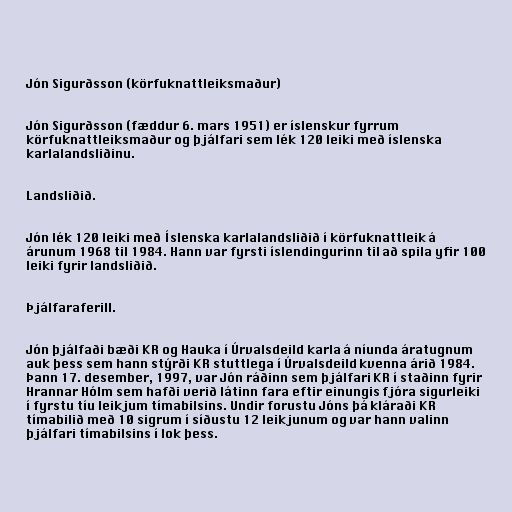
Jón Sigurðsson (körfuknattleiksmaður)

Jón Sigurðsson (fæddur 6. mars 1951) er íslenskur fyrrum
körfuknattleiksmaður og þjálfari sem lék 120 leiki með íslenska
karlalandsliðinu.

Landsliðið.

Jón lék 120 leiki með Íslenska karlalandsliðið í körfuknattleik á
árunum 1968 til 1984. Hann var fyrsti íslendingurinn til að spila yfir 100
leiki fyrir landsliðið.

Þjálfaraferill.

Jón þjálfaði bæði KR og Hauka í Úrvalsdeild karla á níunda áratugnum
auk þess sem hann stýrði KR stuttlega í Úrvalsdeild kvenna árið 1984.
Þann 17. desember, 1997, var Jón ráðinn sem þjálfari KR í staðinn fyrir
Hrannar Hólm sem hafði verið látinn fara eftir einungis fjóra sigurleiki
í fyrstu tíu leikjum tímabilsins. Undir forustu Jóns þá kláraði KR
tímabilið með 10 sigrum í síðustu 12 leikjunum og var hann valinn
þjálfari tímabilsins í lok þess.